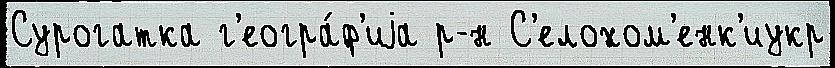
Сурогатка г'еогра́ф'иjа р-н С'елохом'енк'иукр